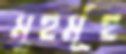
মুহুর্মূহু